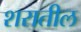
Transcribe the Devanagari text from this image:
शरातील